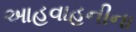
આહવાહનીના